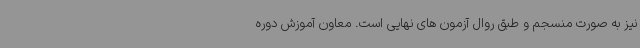
نیز به صورت منسجم و طبق روال آزمون های نهایی است. معاون آموزش دوره